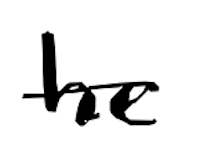
Text: he
Cross-out: single-line
Writing tool: digital_black